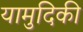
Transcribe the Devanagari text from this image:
यामुदिकी